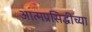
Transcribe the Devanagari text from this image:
आत्मप्रसिद्धीच्या